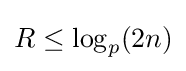
R\leq \log _{p}(2n)